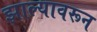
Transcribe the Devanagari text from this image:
झाल्यावरून